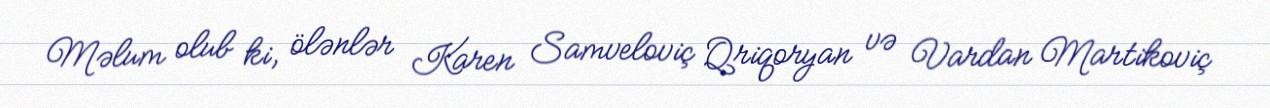
Məlum olub ki, ölənlər Karen Samveloviç Qriqoryan və Vardan Martikoviç